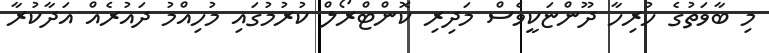
މި ބާވަތުގެ ހުރިހާ ދޫންޏަކީވެސް މަދިރި ކޮންޓްރޯލް ކުރުމުގައި މުހިއްމު ދައުރެއް އަދާކުރާ